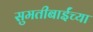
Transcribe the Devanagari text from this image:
सुमतीबाईंच्या